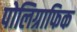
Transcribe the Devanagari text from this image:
पोलिग्राफिक